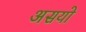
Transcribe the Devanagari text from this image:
असयो